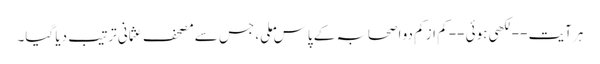
ہر آیت -- لکھی ہوئی -- کم از کم دو اصحابہ کے پاس ملی، جس سے مصحف عثمانی ترتیب دیا گیا۔